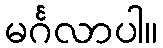
မင်္ဂလာပါ။